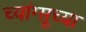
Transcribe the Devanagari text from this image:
च्यांग्सूच्या